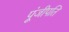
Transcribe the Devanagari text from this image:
पूंजीपति